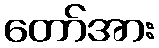
တော်အား